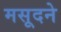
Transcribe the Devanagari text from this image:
मसूदने